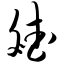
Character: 斌